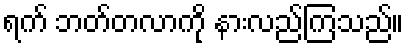
ရက် ဘတ်တလာကို နားလည်ကြသည်။